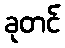
ခုတင်